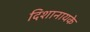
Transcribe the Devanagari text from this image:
दिशानायके